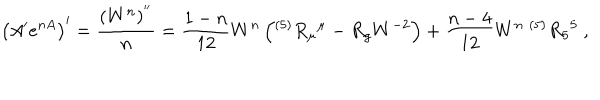
\left( A ^ { \prime } e ^ { n A } \right) ^ { \prime } = { \frac { ( W ^ { n } ) ^ { ' ^ { \prime } } } { n } } = { \frac { 1 - n } { 1 2 } } W ^ { n } \left( ^ { ( 5 ) } R _ { \mu } { } ^ { \mu } - R _ { g } W ^ { - 2 } \right) + { \frac { n - 4 } { 1 2 } } W ^ { n } ~ ^ { ( 5 ) } R _ { 5 } { } ^ { 5 } ~ ,